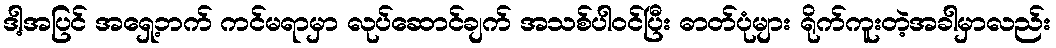
ဒါ့အပြင် အရှေ့ဘက် ကင်မရာမှာ လုပ်ဆောင်ချက် အသစ်ပါဝင်ပြီး ဓာတ်ပုံများ ရိုက်ကူးတဲ့အခါမှာလည်း